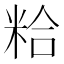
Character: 粭